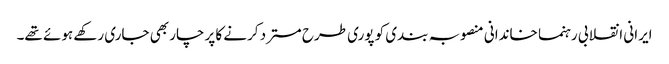
ایرانی انقلابی رہنما خاندانی منصوبہ بندی کو پوری طرح مسترد کرنے کا پرچار بھی جاری رکھے ہوئے تھے۔